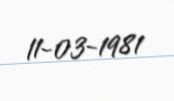
11-03-1981